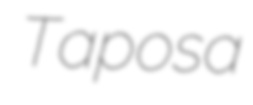
Taposa